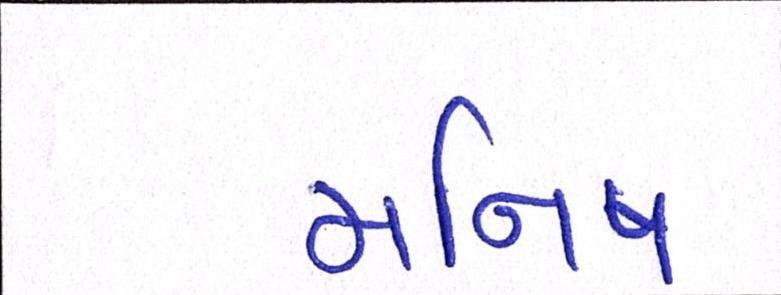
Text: મનિષ